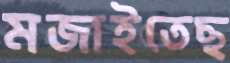
মজাইতেছ